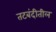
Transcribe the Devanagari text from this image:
तटबंदीतील